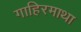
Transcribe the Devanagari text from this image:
गाहिरमाथा